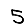
Digit: 5